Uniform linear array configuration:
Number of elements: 8
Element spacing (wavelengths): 0.75
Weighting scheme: hamming
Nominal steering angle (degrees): -60
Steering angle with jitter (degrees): -59.162
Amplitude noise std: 0.05
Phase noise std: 0.05

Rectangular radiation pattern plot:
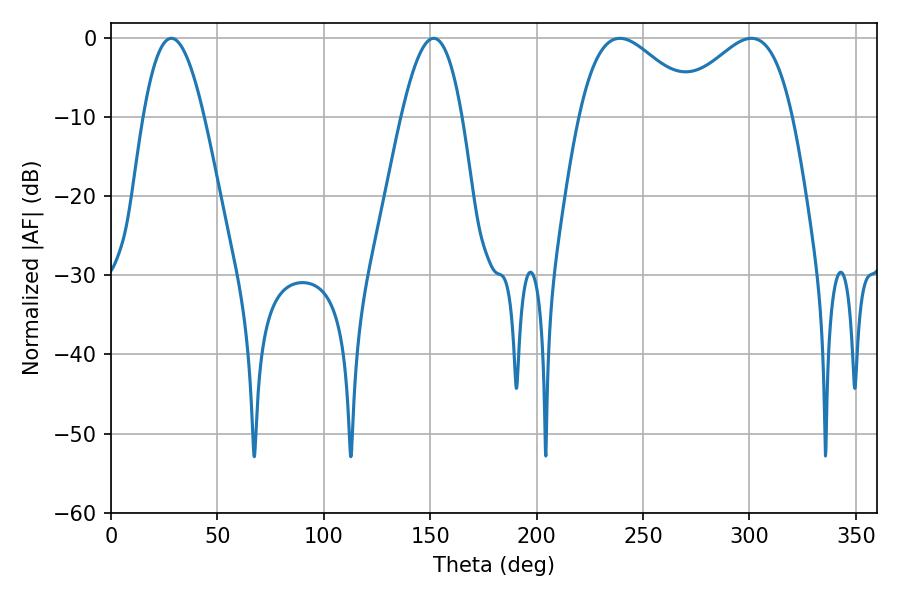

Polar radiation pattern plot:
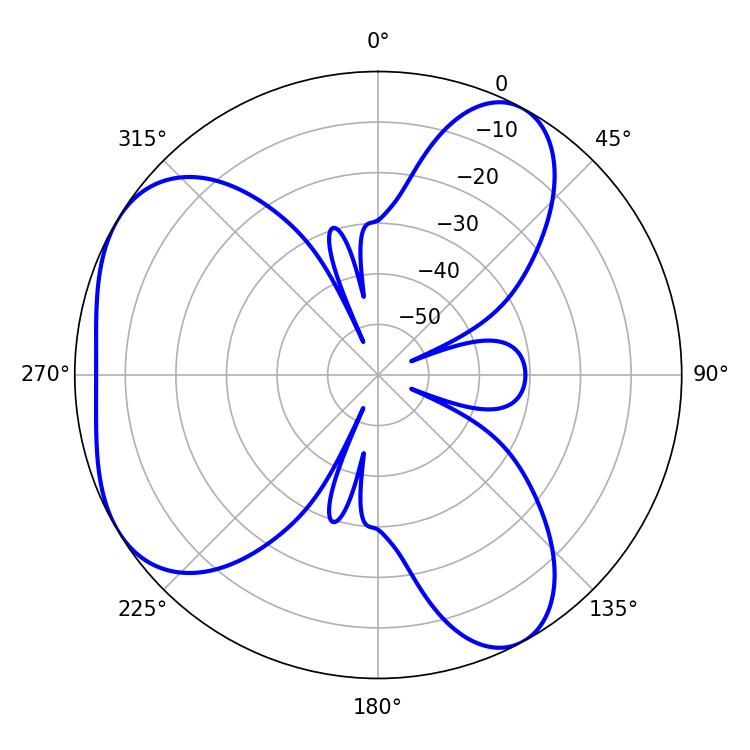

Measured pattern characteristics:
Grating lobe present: TRUE
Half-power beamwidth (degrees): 30.24
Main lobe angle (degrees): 239.04